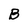
Character: B